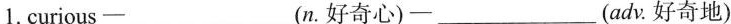
1.curious—___(n.好奇心)—___(adv.好奇地)